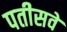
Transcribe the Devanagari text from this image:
पतीसवें